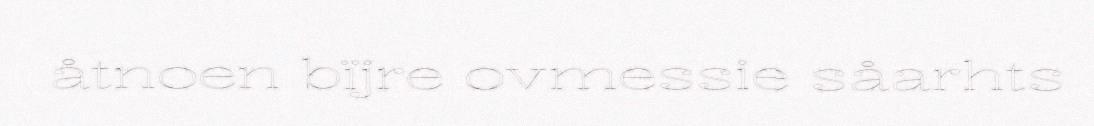
åtnoen bïjre ovmessie såarhts